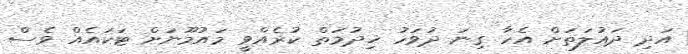
އަދި ދައުލަތަށް އެހާ ގިނަ ދުވަހު ޚިދުމަތް ކުރެއްވީ މައުމޫނަށް ޓަކަައެއް ވެސް